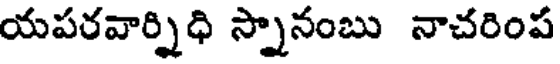
యపరవార్నిధి స్నానంబు నాచరింప